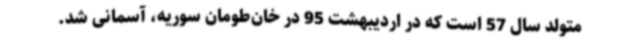
متولد سال 57 است که در اردیبهشت 95 در خان‌طومان سوریه، آسمانی شد.